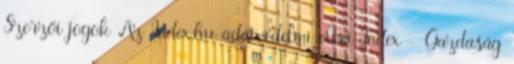
Szerzői jogok Az Index.hu adatvédelmi elvei Index - Gazdaság